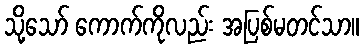
သို့သော် ကောက်ကိုလည်း အပြစ်မတင်သာ။